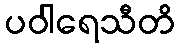
ပဝါရေသီတိ